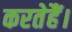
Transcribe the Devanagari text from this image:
करतेहैं।